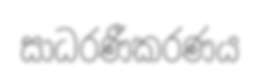
සාධරණීකරණය